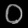
Digit: ၀